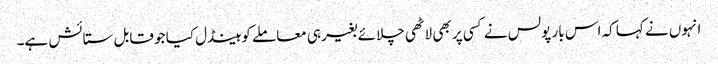
انہوں نے کہا کہ اس بار پولس نے کسی پر بھی لاٹھی چلائے بغیر ہی معاملے کو ہینڈل کیا جو قابل ستائش ہے۔